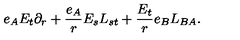
e _ { A } E _ { t } \partial _ { r } + \frac { e _ { A } } { r } E _ { s } L _ { s t } + \frac { E _ { t } } { r } e _ { B } L _ { B A } .